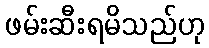
ဖမ်းဆီးရမိသည်ဟု